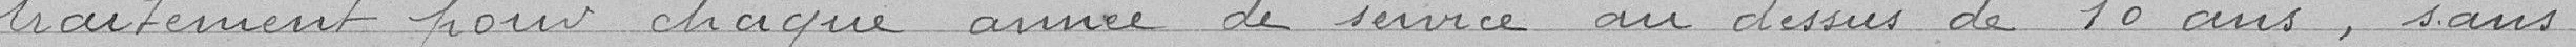
traitement pour chaque année de service au dessus de 10 ans, sans